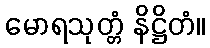
မောရသုတ္တံ နိဋ္ဌိတံ။